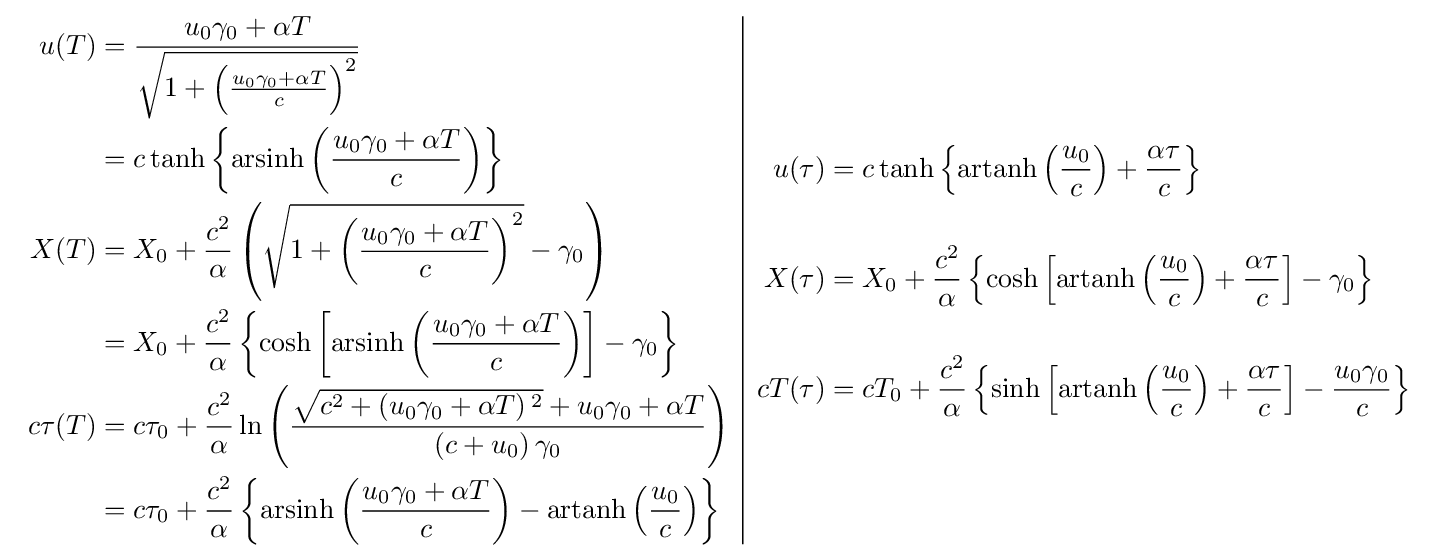
{\scriptstyle {\begin{array}{c|c}{\begin{aligned}u(T)&={\frac {u_{0}\gamma _{0}+\alpha T}{\sqrt {1+\left({\frac {u_{0}\gamma _{0}+\alpha T}{c}}\right)^{2}}}}\quad \\&=c\tanh \left\{\operatorname {arsinh} \left({\frac {u_{0}\gamma _{0}+\alpha T}{c}}\right)\right\}\\X(T)&=X_{0}+{\frac {c^{2}}{\alpha }}\left({\sqrt {1+\left({\frac {u_{0}\gamma _{0}+\alpha T}{c}}\right)^{2}}}-\gamma _{0}\right)\\&=X_{0}+{\frac {c^{2}}{\alpha }}\left\{\cosh \left[\operatorname {arsinh} \left({\frac {u_{0}\gamma _{0}+\alpha T}{c}}\right)\right]-\gamma _{0}\right\}\\c\tau (T)&=c\tau _{0}+{\frac {c^{2}}{\alpha }}\ln \left({\frac {{\sqrt {c^{2}+\left(u_{0}\gamma _{0}+\alpha T\right){}^{2}}}+u_{0}\gamma _{0}+\alpha T}{\left(c+u_{0}\right)\gamma _{0}}}\right)\\&=c\tau _{0}+{\frac {c^{2}}{\alpha }}\left\{\operatorname {arsinh} \left({\frac {u_{0}\gamma _{0}+\alpha T}{c}}\right)-\operatorname {artanh} \left({\frac {u_{0}}{c}}\right)\right\}\end{aligned}}&{\begin{aligned}u(\tau )&=c\tanh \left\{\operatorname {artanh} \left({\frac {u_{0}}{c}}\right)+{\frac {\alpha \tau }{c}}\right\}\\\\X(\tau )&=X_{0}+{\frac {c^{2}}{\alpha }}\left\{\cosh \left[\operatorname {artanh} \left({\frac {u_{0}}{c}}\right)+{\frac {\alpha \tau }{c}}\right]-\gamma _{0}\right\}\\\\cT(\tau )&=cT_{0}+{\frac {c^{2}}{\alpha }}\left\{\sinh \left[\operatorname {artanh} \left({\frac {u_{0}}{c}}\right)+{\frac {\alpha \tau }{c}}\right]-{\frac {u_{0}\gamma _{0}}{c}}\right\}\end{aligned}}\end{array}}}